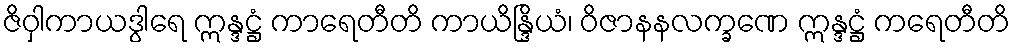
ဇိဝှါကာယဒွါရေ ဣန္ဒဋ္ဌံ ကာရေတီတိ ကာယိန္ဒြိယံ၊ ဝိဇာနနလက္ခဏေ ဣန္ဒဋ္ဌံ ကရေတီတိ